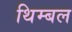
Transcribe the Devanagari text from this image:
थिम्बल